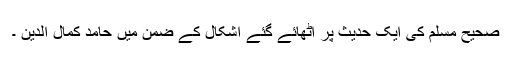
صحیح مسلم کی ایک حدیث پر اٹھائے گئے اشکال کے ضمن میں حامد کمال الدین ۔